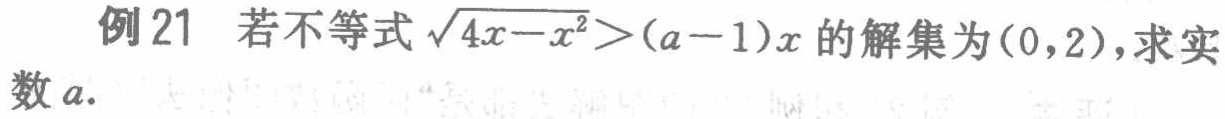
例21 若不等式$\sqrt{4x - x^{2}} > (a - 1)x$的解集为$(0,2)$，求实数$a$.